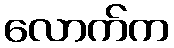
လောက်က